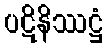
ပဋိနိဿဋ္ဌံ